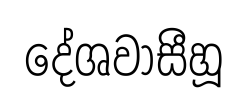
දේශවාසීහූ